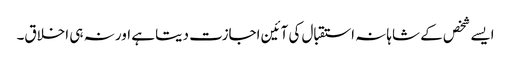
ایسے شخص کے شاہانہ استقبال کی آئین اجازت دیتا ہے اور نہ ہی اخلاق۔